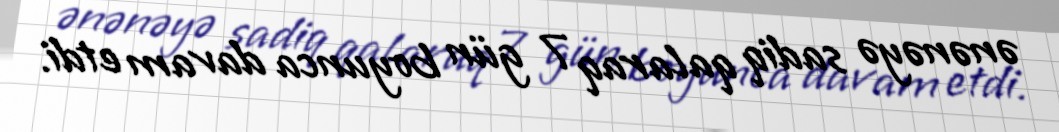
ənənəyə sadiq qalaraq 7 gün boyunca davam etdi.